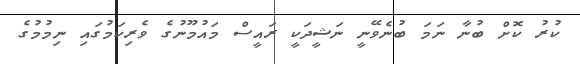
ކުރު ކޮށް ބުނާ ނަމަ ބުނެވޭނީ ނަޝީދަކީ ރައީސް މައުމޫނުގެ ވެރިކަމުގައި ނިމުމުގެ